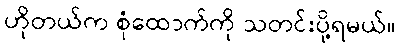
ဟိုတယ်က စုံထောက်ကို သတင်းပို့ရမယ်။